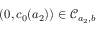
( 0 , c _ { 0 } ( a _ { 2 } ) ) \in \mathcal { C } _ { a _ { 2 } , b }